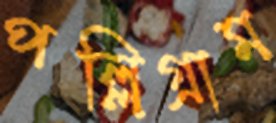
পল্লিগ্রাম